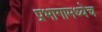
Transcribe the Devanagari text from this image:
प्रभागामध्येच